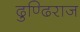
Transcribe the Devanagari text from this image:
ढुण्ढि़राज